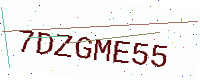
Text: 7DZGME55